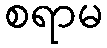
စရာမ